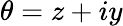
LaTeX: \theta=z+iy